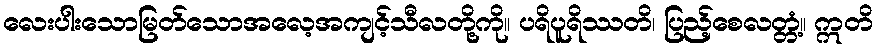
လေးပါးသောမြတ်သောအလေ့အကျင့်သီလတို့ကို။ ပရိပူရိဿတိ၊ ပြည့်စေလတ္တံ့။ ဣတိ